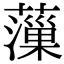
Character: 薻